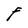
Character: F